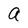
Character: a